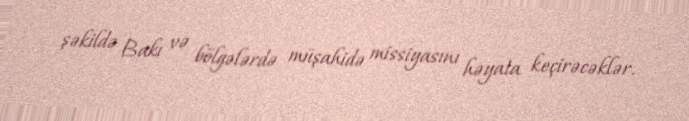
şəkildə Bakı və bölgələrdə müşahidə missiyasını həyata keçirəcəklər.